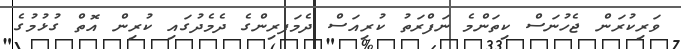
ވަރިކުރަން ޖެހުނަސް ކިތަންމެ ނަފްރަތު ކުރިއަސް ދެމަފރިންގެ ދެމެދުގައި ކުރިން އޮތް ގުޅުމުގެ